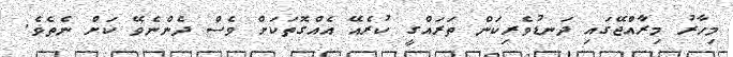
މިހާރު މިރާއްޖޭގައި ދަނޑުވެރިިކަން ތަރައްގީ ކުރެއޭ އެއްގޮތަކަށް ވެސް ދެންނެވޭ ކަށް ނެތެވެ.